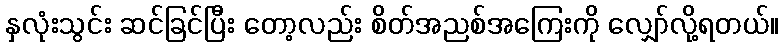
နှလုံးသွင်း ဆင်ခြင်ပြီး တော့လည်း စိတ်အညစ်အကြေးကို လျှော်လို့ရတယ်။